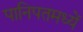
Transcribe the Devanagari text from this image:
पानिपतमध्यें